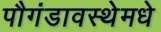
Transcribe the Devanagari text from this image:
पौगंडावस्थेमधे